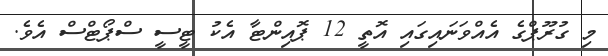
މި ގުރޫޕްގެ އެއްވަނައިގައި އޮތީ 12 ޕޮއިންޓާ އެކު ޓީސީ ސްޕޯޓްސް އެވެ.